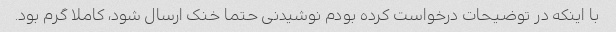
با اینکه در توضیحات درخواست کرده بودم نوشیدنی حتما خنک ارسال شود، کاملا گرم بود.